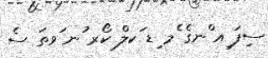
ސިފަ ިއ ްނގެ ެމ ިޑ ަކލް ކޯރ ުނ ަވތަ ސެ